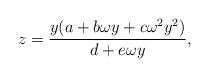
LaTeX: \begin{align*}z=\frac{y(a+b\omega y+c\omega^{2}y^{2})}{d+e\omega y}, \end{align*}